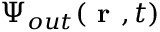
{ \Psi } _ { o u t } ( \textbf { r } , t )